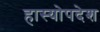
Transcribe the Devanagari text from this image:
हास्योपदेश